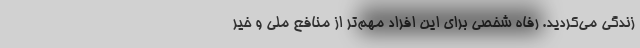
زندگی می‌کردید. رفاه شخصی برای این افراد مهم‌تر از منافع ملی و خیر